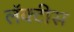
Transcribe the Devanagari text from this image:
लॅक्‍टीस